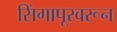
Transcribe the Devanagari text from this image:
सिंगापूरवरून